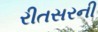
રીતસરની